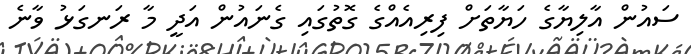
ސައުން އާލިޔާގެ ހަޔާތަށް ފިރިއެއްގެ ގޮތުގައި ގެނައުން އަދީ މާ ރަނގަޅު ވާނެ